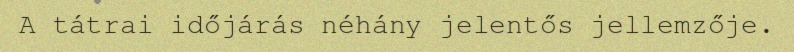
A tátrai időjárás néhány jelentős jellemzője.